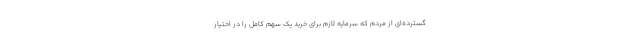
گسترده‌ای از مردم که سرمایه لازم برای خرید یک سهم کامل را در اختیار